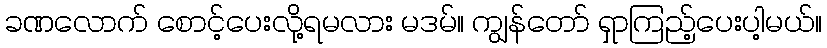
ခဏလောက် စောင့်ပေးလို့ရမလား မဒမ်။ ကျွန်တော် ရှာကြည့်ပေးပါ့မယ်။